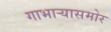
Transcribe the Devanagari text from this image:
गाभार्‍यासमोर